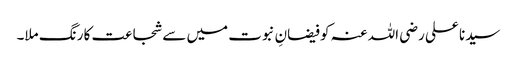
سیدنا علی رضی اللہ عنہ کو فیضانِ نبوت میں سے شجاعت کا رنگ ملا۔